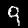
Label: 9